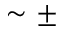
\sim \pm